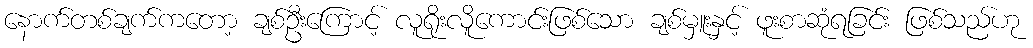
နောက်တစ်ချက်ကတော့ ချစ်ဦးကြောင့် လူရိုးလိူကောင်းဖြစ်သော ချစ်မှူးနှင့် ဖူးစာဆုံရခြင်း ဖြစ်သည်ဟု